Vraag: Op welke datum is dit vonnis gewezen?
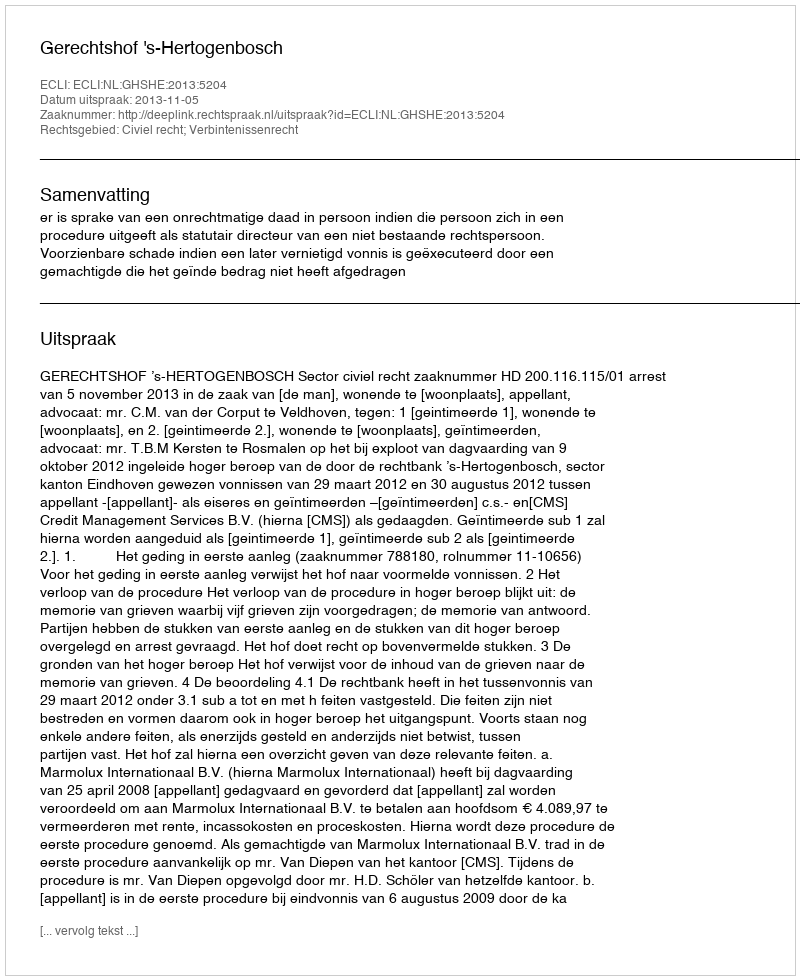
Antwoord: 2013-11-05